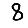
Digit: 8